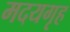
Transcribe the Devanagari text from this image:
मदयगृह